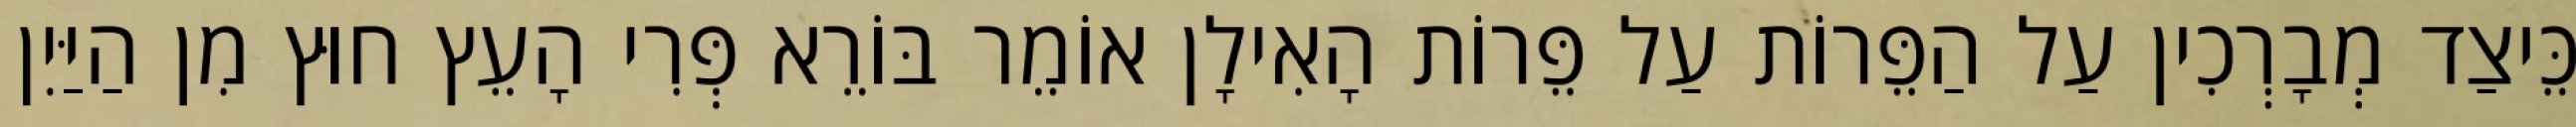
כֵּיצַד מְבָרְכִין עַל הַפֵּרוֹת עַל פֵּרוֹת הָאִילָן אוֹמֵר בּוֹרֵא פְּרִי הָעֵץ חוּץ מִן הַיַּיִן